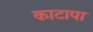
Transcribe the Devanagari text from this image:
काटापा